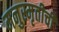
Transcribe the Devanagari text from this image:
मनुस्मृतीची